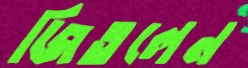
জিতলেন